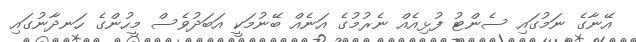
އޭނާގެ ނަމުގައި ސެންޓު ފުޅިއެއް ނެރުމުގެ އަނެއް ބޭނުމަކީ އަބަދުވެސް މީހުންގެ ހަނދާނުގައި